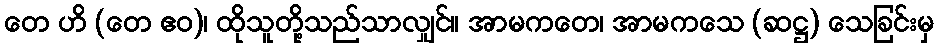
တေ ဟိ (တေ ဧဝ)၊ ထိုသူတို့သည်သာလျှင်။ အာမကတေ၊ အာမကသေ (ဆဋ္ဌ) သေခြင်းမှ